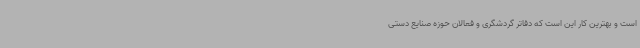
است و بهترین کار این است که دفاتر گردشگری و فعالان حوزه صنایع دستی